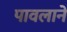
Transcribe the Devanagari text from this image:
पावलाने